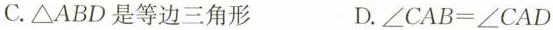
C.\triangle ABD是等边三角形 D.$$\angle CAB=\angle CAD$$